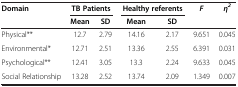
<table><thead><tr><td><b>Domain</b></td><td colspan="2"><b>TB Patients</b></td><td colspan="2"><b>Healthy referents</b></td><td><b><i>F</i></b></td><td><b><i>η</i><sup><i>2</i></sup></b></td></tr><tr><td><b> </b></td><td><b>Mean</b></td><td><b>SD</b></td><td><b>Mean</b></td><td><b>SD</b></td><td><b> </b></td><td><b> </b></td></tr></thead><tbody><tr><td>Physical**</td><td>12.7</td><td>2.79</td><td>14.16</td><td>2.17</td><td>9.651</td><td>0.045</td></tr><tr><td>Environmental*</td><td>12.71</td><td>2.51</td><td>13.36</td><td>2.55</td><td>6.391</td><td>0.031</td></tr><tr><td>Psychological**</td><td>12.41</td><td>3.05</td><td>13.3</td><td>2.24</td><td>9.633</td><td>0.045</td></tr><tr><td>Social Relationship</td><td>13.28</td><td>2.52</td><td>13.74</td><td>2.09</td><td>1.349</td><td>0.007</td></tr></tbody></table>